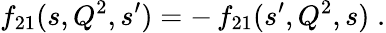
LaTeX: f_{21}(s,Q^{2},s^{\prime})=-\, f_{21}(s^{\prime},Q^{2},s)\; .